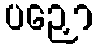
ပဉှော